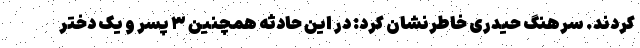
کردند. سرهنگ حیدری خاطرنشان کرد: در این حادثه همچنین ۳ پسر و یک دختر